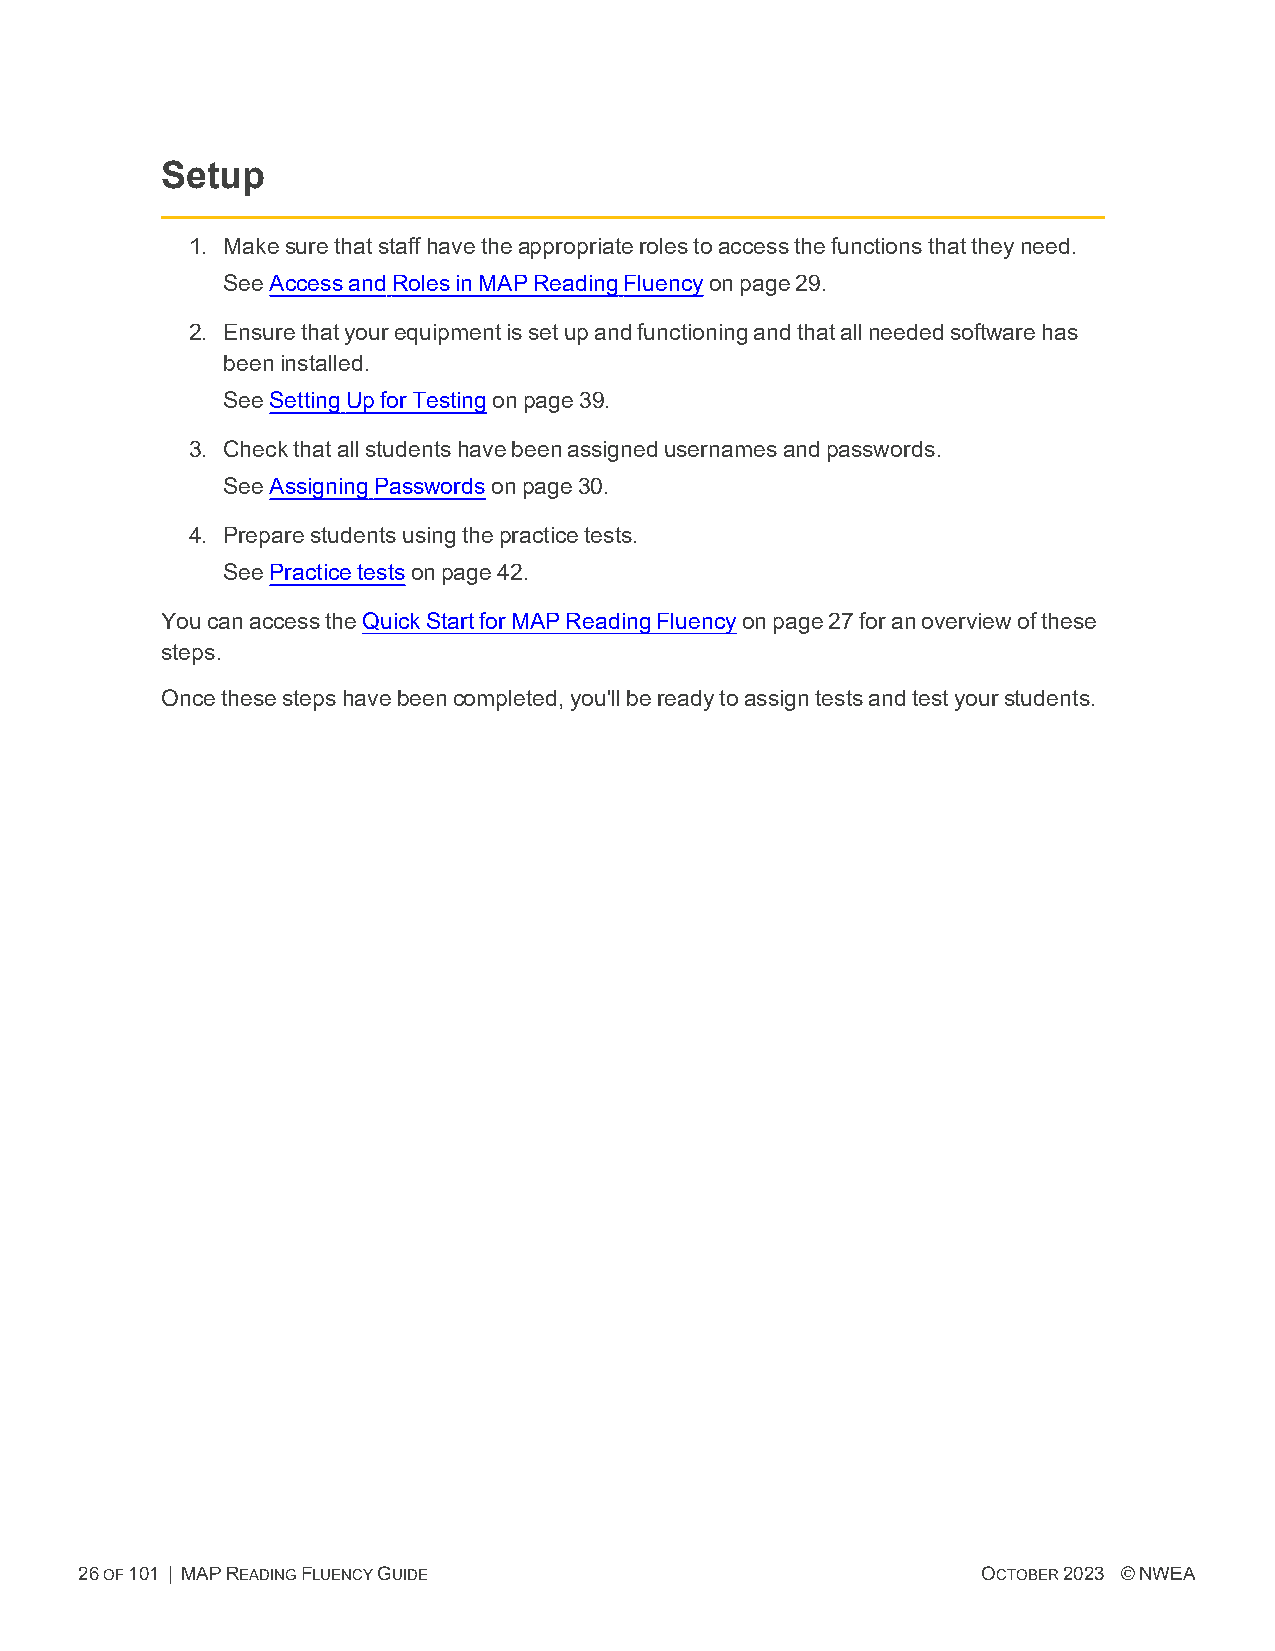
Setup
 1. Makesurethatstaffhavetheappropriaterolestoaccessthefunctionsthattheyneed.
 SeeAccessandRolesinMAPReadingFluencyonpage29.
 2. Ensurethatyourequipmentissetupandfunctioningandthatallneededsoftwarehas
 beeninstalled.
 SeeSettingUpforTestingonpage39.
 3. Checkthatallstudentshavebeenassignedusernamesandpasswords.
 SeeAssigningPasswordsonpage30.
 4. Preparestudentsusingthepracticetests.
 SeePracticetestsonpage42.
 YoucanaccesstheQuickStartforMAP ReadingFluencyonpage27foranoverviewofthese
 steps.
 Oncethesestepshavebeencompleted,you'llbereadytoassigntestsandtestyourstudents.
 26OF101 | MAPREADINGFLUENCYGUIDE                            OCTOBER2023 ©NWEA